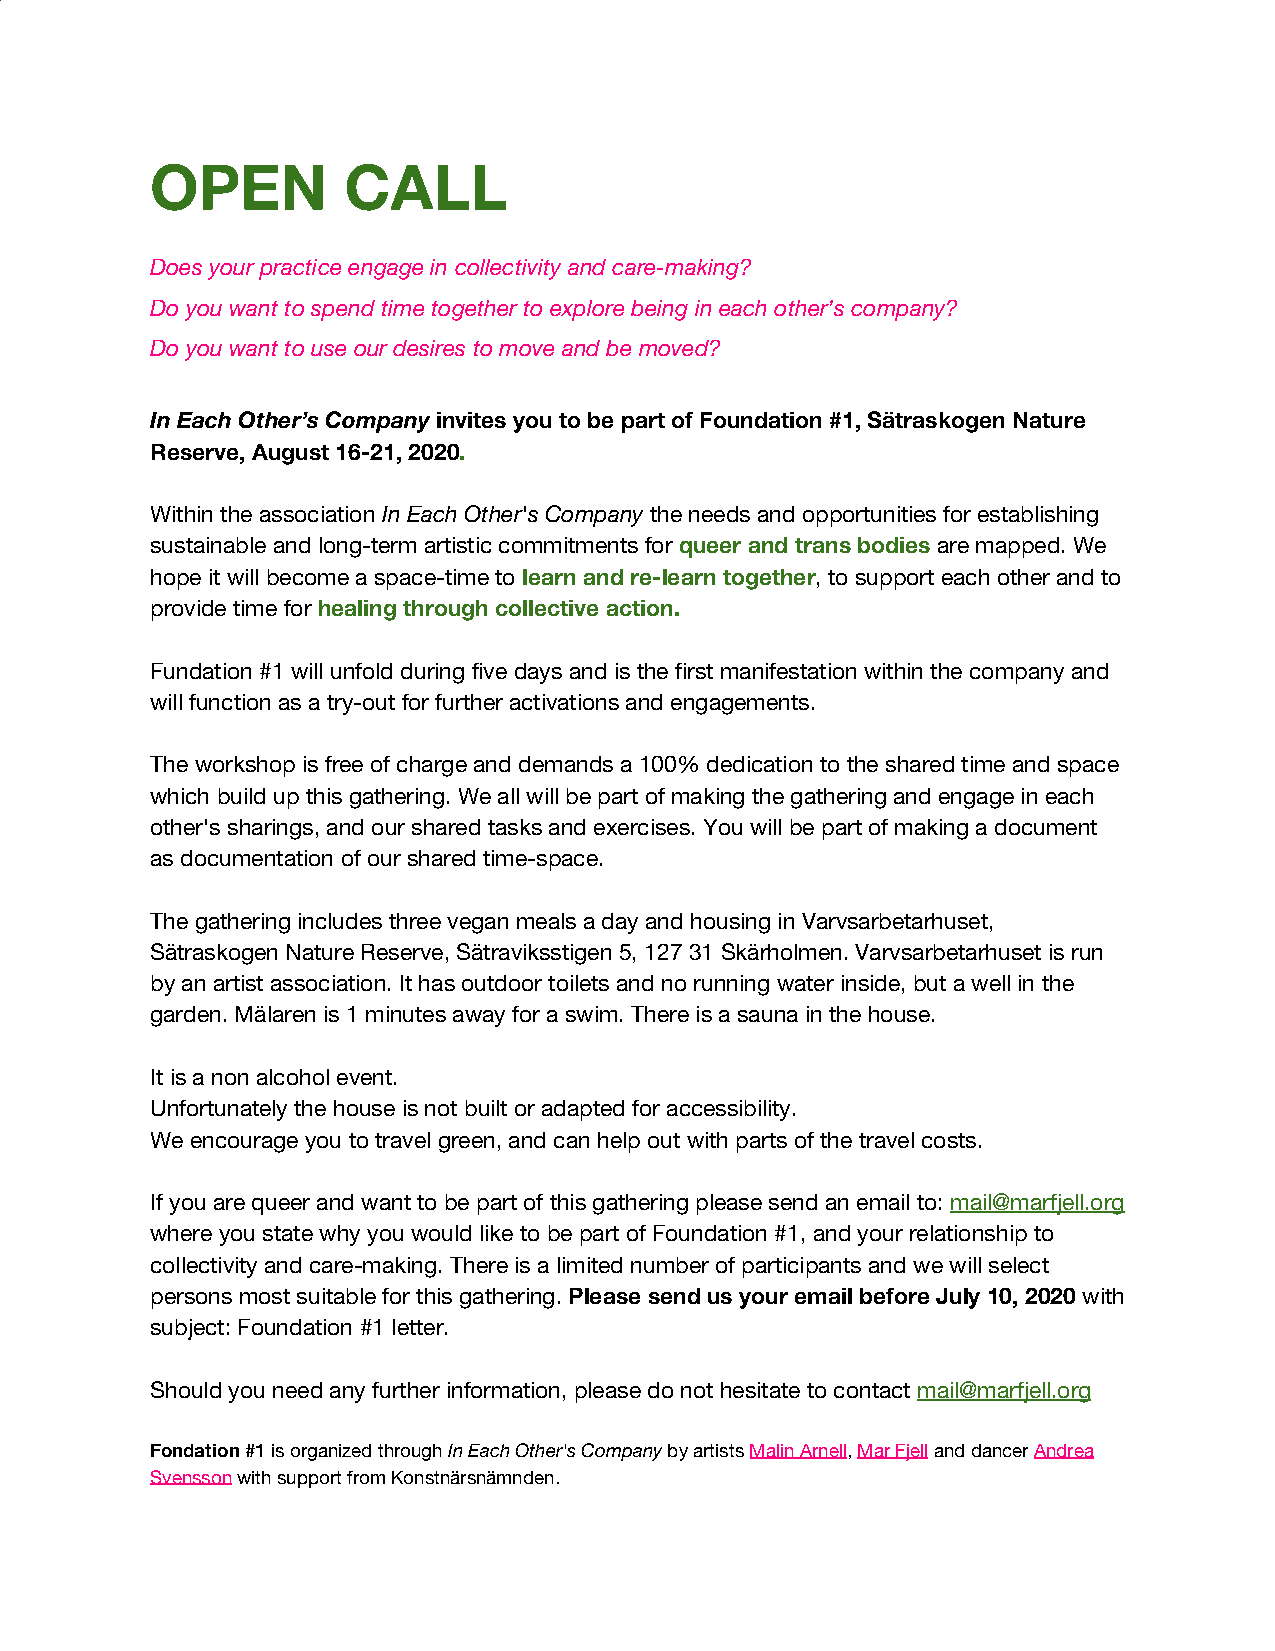
OPEN         CALL
 Does your practice engage in collectivity and care-making?
 Do you want to spend time together to explore being in each other’s company?
 Do you want to use our desires to move and be moved?
 In Each Other’s Company invites you to be part of Foundation #1, Sätraskogen Nature
 ​
 Reserve, August 16-21, 2020.
 ​
 Within the association In Each Other's Company the needs and opportunities for establishing
 ​                ​
 sustainable and long-term artistic commitments for queer and trans bodies are mapped. We
 ​                ​
 hope it will become a space-time to learn and re-learn together, to support each other and to
 ​ ​                 ​
 provide time for healing through collective action.
 ​
 Fundation #1 will unfold during five days and is the first manifestation within the company and
 will function as a try-out for further activations and engagements.
 The workshop is free of charge and demands a 100% dedication to the shared time and space
 which build up this gathering. We all will be part of making the gathering and engage in each
 other's sharings, and our shared tasks and exercises. You will be part of making a document
 as documentation of our shared time-space.
 The gathering includes three vegan meals a day and housing in Varvsarbetarhuset,
 Sätraskogen Nature Reserve, Sätraviksstigen 5, 127 31 Skärholmen. Varvsarbetarhuset is run
 by an artist association. It has outdoor toilets and no running water inside, but a well in the
 garden. Mälaren is 1 minutes away for a swim. There is a sauna in the house.
 It is a non alcohol event.
 Unfortunately the house is not built or adapted for accessibility.
 We encourage you to travel green, and can help out with parts of the travel costs.
 If you are queer and want to be part of this gathering please send an email to: mail@marfjell.org
 ​ ​
 where you state why you would like to be part of Foundation #1, and your relationship to
 collectivity and care-making. There is a limited number of participants and we will select
 persons most suitable for this gathering. Please send us your email before July 10, 2020 with
 ​                                 ​
 subject: Foundation #1 letter.
 Should you need any further information, please do not hesitate to contact mail@marfjell.org
 ​
 Fondation #1 is organized through In Each Other's Company by artists Malin Arnell, Mar Fjell and dancer Andrea
 ​           ​             ​     ​     ​ ​  ​      ​
 Svensson with support from Konstnärsnämnden.
 ​                     ​